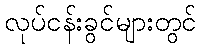
လုပ်ငန်းခွင်များတွင်